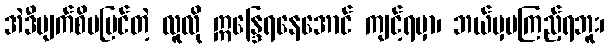
အဲဒီမျက်စိမမြင်တဲ့ လူလို ဣန္ဒြေရနေအောင် ကျင့်ရမှာ၊ ဘယ်မှမကြည့်ရဘူး၊